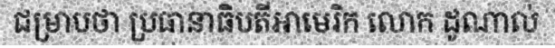
ជម្រាបថា ប្រធានាធិបតីអាមេរិក លោក ដូណាល់